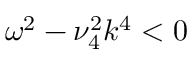
\omega ^ { 2 } - \nu _ { 4 } ^ { 2 } k ^ { 4 } < 0